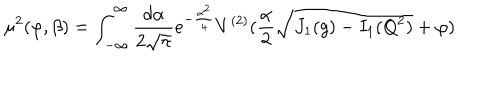
\mu ^ { 2 } ( \varphi , \beta ) = \int _ { - \infty } ^ { \infty } { \frac { d \alpha } { 2 \sqrt { \pi } } } e ^ { - { \frac { \alpha ^ { 2 } } { 4 } } } V ^ { ( 2 ) } ( { \frac { \alpha } { 2 } } \sqrt { J _ { 1 } ( g ) - I _ { 1 } ( Q ^ { 2 } ) } + \varphi )